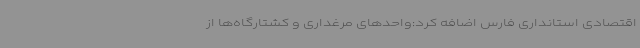
اقتصادی استانداری فارس اضافه کرد:واحدهای مرغداری و کشتارگاه‌ها از